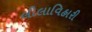
લીલાવિહારી